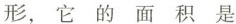
形，它的面积是